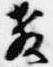
教